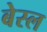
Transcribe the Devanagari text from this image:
बेस्ल